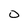
Character: O